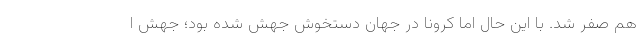
هم صفر شد. با این حال اما کرونا در جهان دستخوش جهش شده بود؛ جهش ا